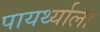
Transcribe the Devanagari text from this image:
पायर्थ्याला